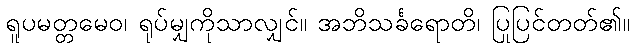
ရူပမတ္တမေဝ၊ ရုပ်မျှကိုသာလျှင်။ အဘိသင်္ခရောတိ၊ ပြုပြင်တတ်၏။